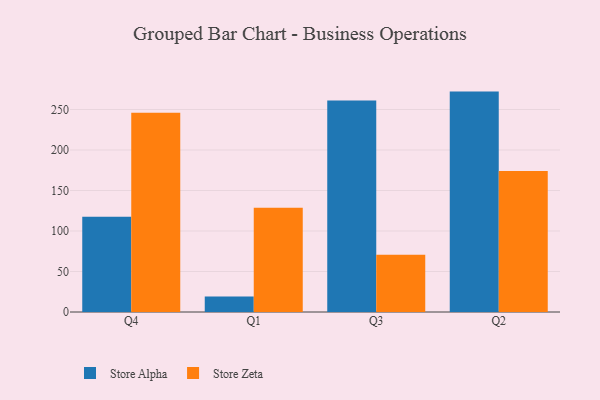
{"axis": {"x": "Quarter", "y": "Active Users"}, "legend": ["Store Alpha", "Store Zeta"], "data": [{"x": "Q4", "y": 117.6, "type": "Store Alpha"}, {"x": "Q4", "y": 246.0, "type": "Store Zeta"}, {"x": "Q1", "y": 19.2, "type": "Store Alpha"}, {"x": "Q1", "y": 128.7, "type": "Store Zeta"}, {"x": "Q3", "y": 261.2, "type": "Store Alpha"}, {"x": "Q3", "y": 70.7, "type": "Store Zeta"}, {"x": "Q2", "y": 272.1, "type": "Store Alpha"}, {"x": "Q2", "y": 174.0, "type": "Store Zeta"}]}